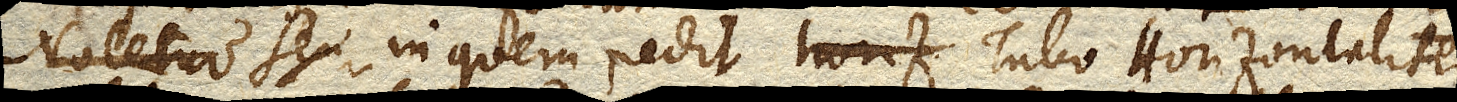
Notetur seu in quem redit Tubo Horizontaliter